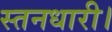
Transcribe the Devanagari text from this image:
स्तनधारी।